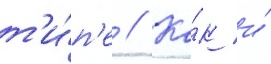
т'и́п'е // Ка́к и́